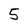
Character: 5